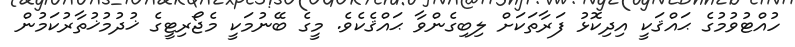
ހުއްޓުވުމުގެ ޙައްޤަކީ އިދިކޮޅު ފަރާތަކަށް ލިބިގެންވާ ޙައްޤެކެވެ. މީގެ ބޭނުމަކީ މެޖޯރިޓީގެ ޚުދުމުޚުތާރުކަމުން